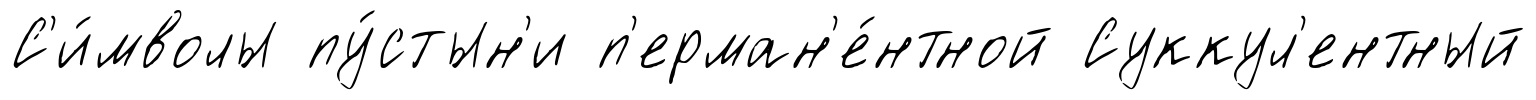
С'и́мволы пу́стын'и п'ерман'е́нтной Суккул'ентный